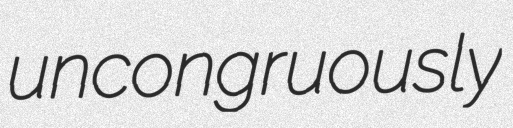
uncongruously